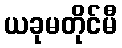
ယခုမတိုင်မီ